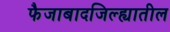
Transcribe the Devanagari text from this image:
फैजाबादजिल्ह्यातील